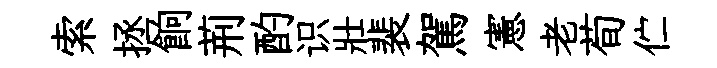
索拯餉荊酌识壯裴駕憲老荀伫